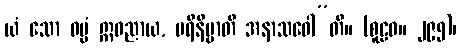
ယံ သော ဓမ္မံ ဣဓညာယ, ပရိနိဗ္ဗာတိ အနာသဝေါ”တိ။ (စူဠဝ။ ၂၉၅)၊